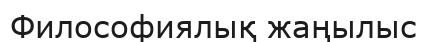
Философиялық жаңылыс